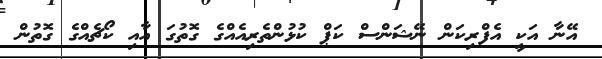
އޭނާ އަކީ އެފްރިކަން ނޭޝަންސް ކަޕް ކުޅުންތެރިއެއްގެ ގޮތުގަ އާއި ކޯޗެއްގެ ގޮތުން